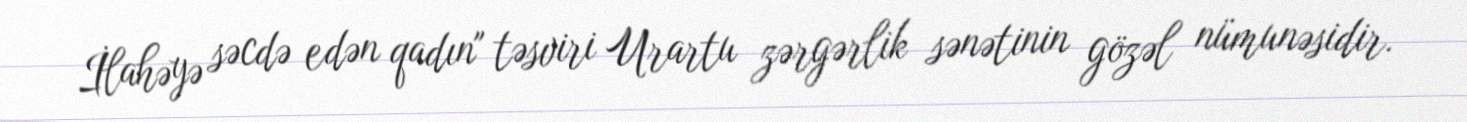
İlahəyə səcdə edən qadın" təsviri Urartu zərgərlik sənətinin gözəl nümunəsidir.